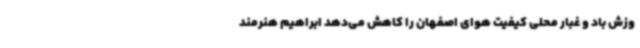
وزش باد و غبار محلی کیفیت هوای اصفهان را کاهش می‌دهد ابراهیم هنرمند